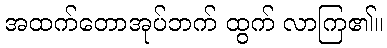
အထက်တောအုပ်ဘက် ထွက် လာကြ၏။